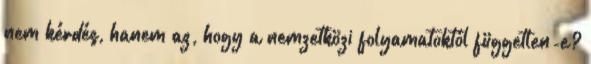
nem kérdés, hanem az, hogy a nemzetközi folyamatoktól független-e?